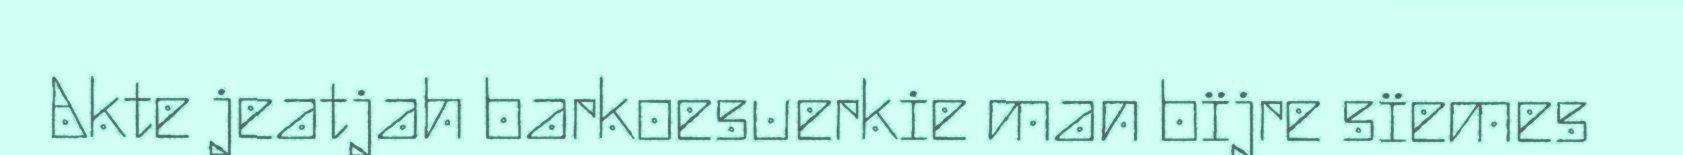
Akte jeatjah barkoesuerkie man bïjre sïemes